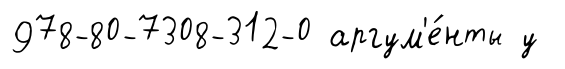
978-80-7308-312-0 аргум'е́нты у